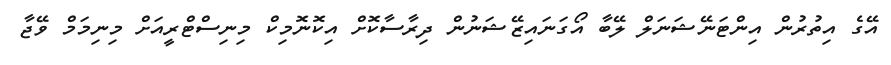
އޭގެ އިތުރުން އިންޓަނޭޝަނަލް ލޭބާ އޯގަނައިޒޭޝަނުން ދިރާސާކޮށް އިކޮނޮމިކް މިނިސްޓްރީއަށް މިނިމަމް ވޭޖާ